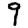
Digit: 9